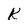
Character: K